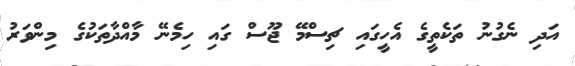
އަދި ނެގުނު ތަކެތީގެ އެހީގައި ޗިސްމޭ ޖޫސް ގައި ހިމެނޭ މާއްދާތަކުގެ މިންވަރު